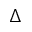
\Delta